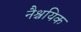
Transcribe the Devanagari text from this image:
नैश्चयिक